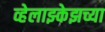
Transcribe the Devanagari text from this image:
व्हेलाझ्केझच्या